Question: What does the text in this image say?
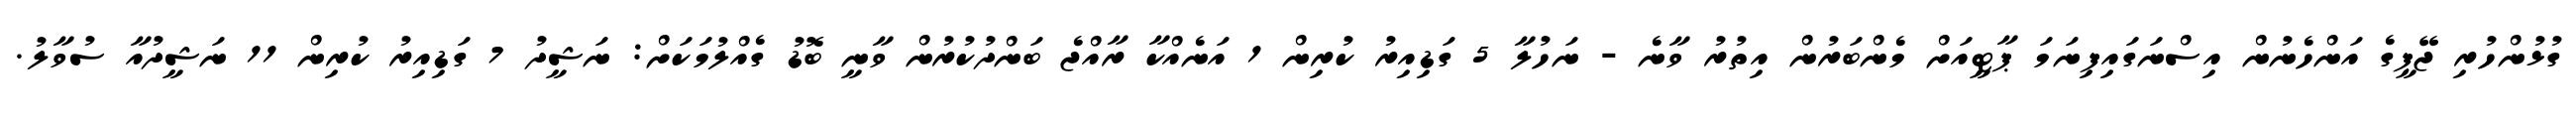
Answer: ގުޅުންހުރި ޖޭޕީގެ އަންހެނުން އިސްނަގައިފިނަމަ ޕާޓީއަށް މެންބަރުން އިތުރު ވާނެ - ނަހުލާ 5 ގަޑިއިރު ކުރިން 1 އަނެއްކާ ރާއްޖެ ބަންދުކުރުން ވާނީ ބޮޑު ގެއްލުމަކަށް: ނަޝީދު 7 ގަޑިއިރު ކުރިން 11 ނަޝީދުއާ ސުވާލު.